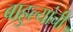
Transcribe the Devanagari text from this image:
बाहुल्यांची